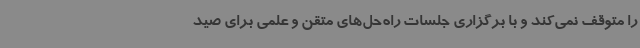
را متوقف نمی‌کند و با برگزاری جلسات راه‌حل‌های متقن و علمی برای صید